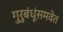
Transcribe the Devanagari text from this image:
गुरुबंधूंसमवेत